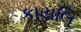
કાયલિ